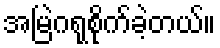
အမြဲဂရုစိုက်ခဲ့တယ်။